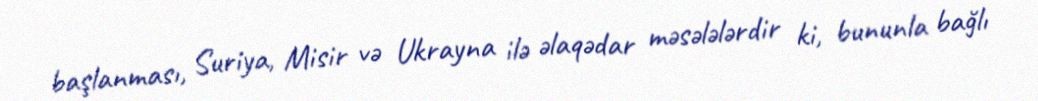
başlanması, Suriya, Misir və Ukrayna ilə əlaqədar məsələlərdir ki, bununla bağlı